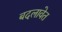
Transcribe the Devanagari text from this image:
बदलावेत